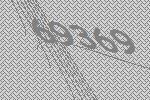
69369